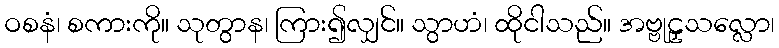
ဝစနံ၊ စကားကို။ သုတွာန၊ ကြား၍လျှင်။ သွာဟံ၊ ထိုငါသည်။ အဗ္ဗုဠှသလ္လော၊